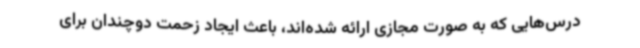
درس‌هایی که به صورت مجازی ارائه شده‌اند، باعث ایجاد زحمت دوچندان برای